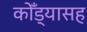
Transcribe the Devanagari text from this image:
कोँड्यासह